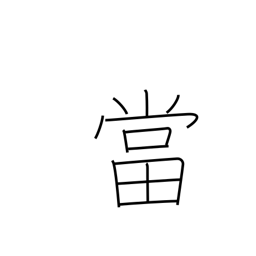
Meaning: accept